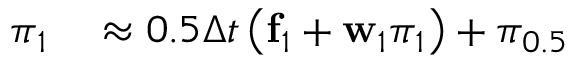
\begin{array} { r l } { \boldsymbol { \pi } _ { 1 } } & { { } \approx 0 . 5 \Delta t \left( \mathbf { f } _ { 1 } + \mathbf { w } _ { 1 } \boldsymbol { \pi } _ { 1 } \right) + \boldsymbol { \pi } _ { 0 . 5 } } \end{array}